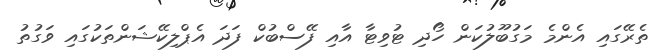
ތެރޭގައި އެންމެ މަގުބޫލުކަން ހޯދި ޓުވިޓާ އާއި ފޭސްބުކް ފަދަ އެޕްލިކޭޝަންތަކުގައި ވަގުތު